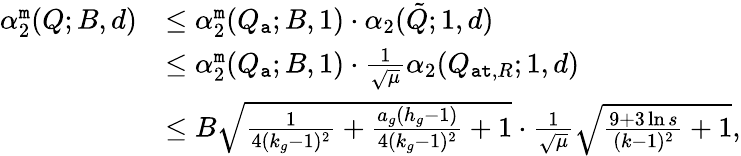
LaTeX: \begin{array}{rl}{\alpha_{2}^{\tt m}(Q;B,d)}&{\leq\alpha_{2}^{\tt m}(Q_{\tt a};B,1)\cdot\alpha_{2}(\tilde{Q};1,d)}\\ &{\leq\alpha_{2}^{\tt m}(Q_{\tt a};B,1)\cdot\frac{1}{\sqrt{\mu}}\alpha_{2}(Q_{{\tt at},R};1,d)}\\ &{\leq B\sqrt{\frac{1}{4(k_{g}-1)^{2}}+{\frac{a_{g}(h_{g}-1)}{4(k_{g}-1)^{2}}}+1}\cdot\frac{1}{\sqrt{\mu}}\sqrt{\frac{9+3\ln s}{(k-1)^{2}}+1},}\end{array}